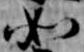
如